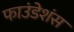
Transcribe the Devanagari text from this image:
फाउंडेशंस